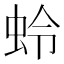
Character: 蛉